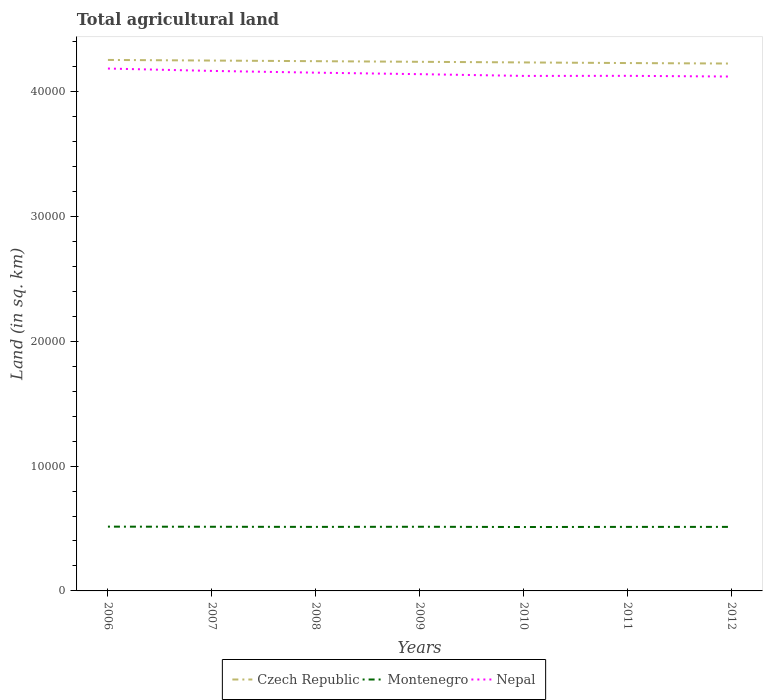
| Years | Czech Republic | Montenegro | Nepal |
 | --- | --- | --- | --- |
 | 2006 | 4.25e+04 | 5.15e+03 | 4.18e+04 |
 | 2007 | 4.25e+04 | 5.14e+03 | 4.17e+04 |
 | 2008 | 4.24e+04 | 5.13e+03 | 4.15e+04 |
 | 2009 | 4.24e+04 | 5.14e+03 | 4.14e+04 |
 | 2010 | 4.23e+04 | 5.12e+03 | 4.13e+04 |
 | 2011 | 4.23e+04 | 5.13e+03 | 4.13e+04 |
 | 2012 | 4.22e+04 | 5.13e+03 | 4.12e+04 |